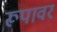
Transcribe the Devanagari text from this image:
रूपावर